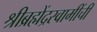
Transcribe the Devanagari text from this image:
श्रीब्रह्मेंद्रस्वामींची